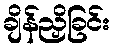
ချိန်ညှိခြင်း